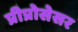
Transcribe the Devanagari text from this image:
प्रीप्रोसेसर